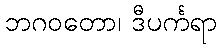
ဘဂဝတော၊ ဒီပင်္ကရာ